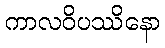
ကာလဝိပဿိနော